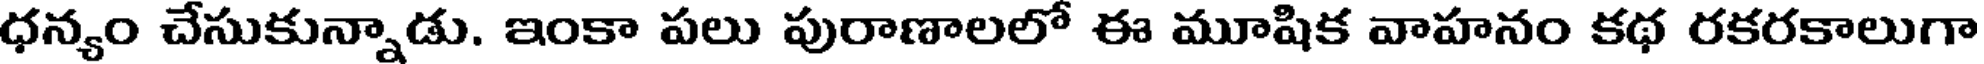
ధన్యం చేసుకున్నాడు. ఇంకా పలు పురాణాలలో ఈ మూషిక వాహనం కథ రకరకాలుగా